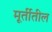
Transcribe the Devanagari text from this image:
मूर्तीतील